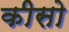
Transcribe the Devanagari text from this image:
कीसो